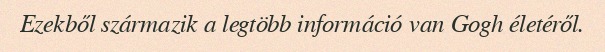
Ezekből származik a legtöbb információ van Gogh életéről.